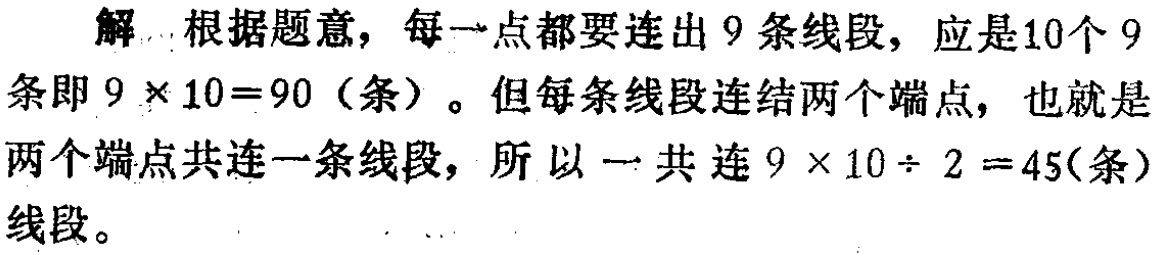
解：根据题意，每一点都要连出 9 条线段，应是10个 9 条即 \(9\times10 = 90\)（条）。但每条线段连结两个端点，也就是两个端点共连一条线段，所以一共连 \(9\times10\div2 = 45\)(条)线段。